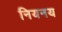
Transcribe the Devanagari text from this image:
नियनय